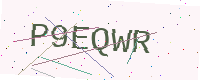
Text: P9EQWR